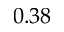
0 . 3 8